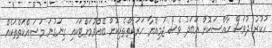
ހުކުރު ދުވަސް ހާއްސަކޮށް އަބަދު ވެސް ޖަމިއްޔާ ހަރަކާތްތެރިކޮށް ބޭއްވުމަށްޓަކައި ގިނަގުނަ މަސައްކަތްތަކެއް